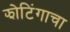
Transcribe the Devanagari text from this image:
झोटिंगाचा